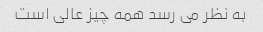
به نظر می رسد همه چیز عالی است